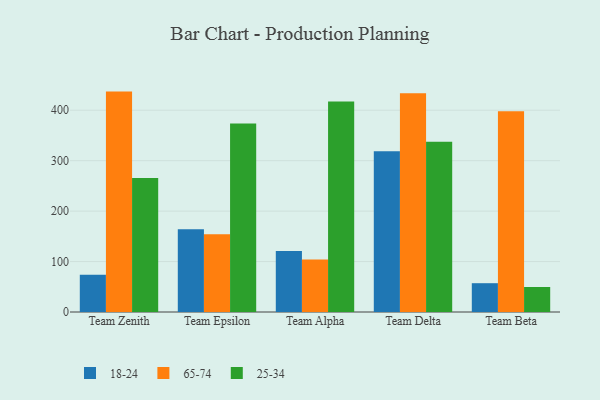
{"axis": {"x": "Team", "y": "Market Share (%)"}, "legend": ["18-24", "25-34", "65-74"], "data": [{"x": "Team Zenith", "y": 73.9, "type": "18-24"}, {"x": "Team Zenith", "y": 436.9, "type": "65-74"}, {"x": "Team Zenith", "y": 265.5, "type": "25-34"}, {"x": "Team Epsilon", "y": 164.2, "type": "18-24"}, {"x": "Team Epsilon", "y": 154.2, "type": "65-74"}, {"x": "Team Epsilon", "y": 373.7, "type": "25-34"}, {"x": "Team Alpha", "y": 120.9, "type": "18-24"}, {"x": "Team Alpha", "y": 104.0, "type": "65-74"}, {"x": "Team Alpha", "y": 417.2, "type": "25-34"}, {"x": "Team Delta", "y": 318.5, "type": "18-24"}, {"x": "Team Delta", "y": 433.8, "type": "65-74"}, {"x": "Team Delta", "y": 337.7, "type": "25-34"}, {"x": "Team Beta", "y": 57.1, "type": "18-24"}, {"x": "Team Beta", "y": 398.0, "type": "65-74"}, {"x": "Team Beta", "y": 49.6, "type": "25-34"}]}